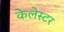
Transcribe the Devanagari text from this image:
केलेस्टर